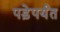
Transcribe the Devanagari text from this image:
पड़ेपर्यंत